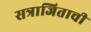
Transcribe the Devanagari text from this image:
सत्राजिताची